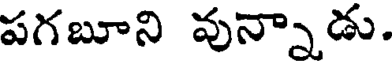
పగబూని వున్నాడు.